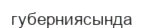
губерниясында